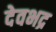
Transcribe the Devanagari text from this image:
देवभद्र